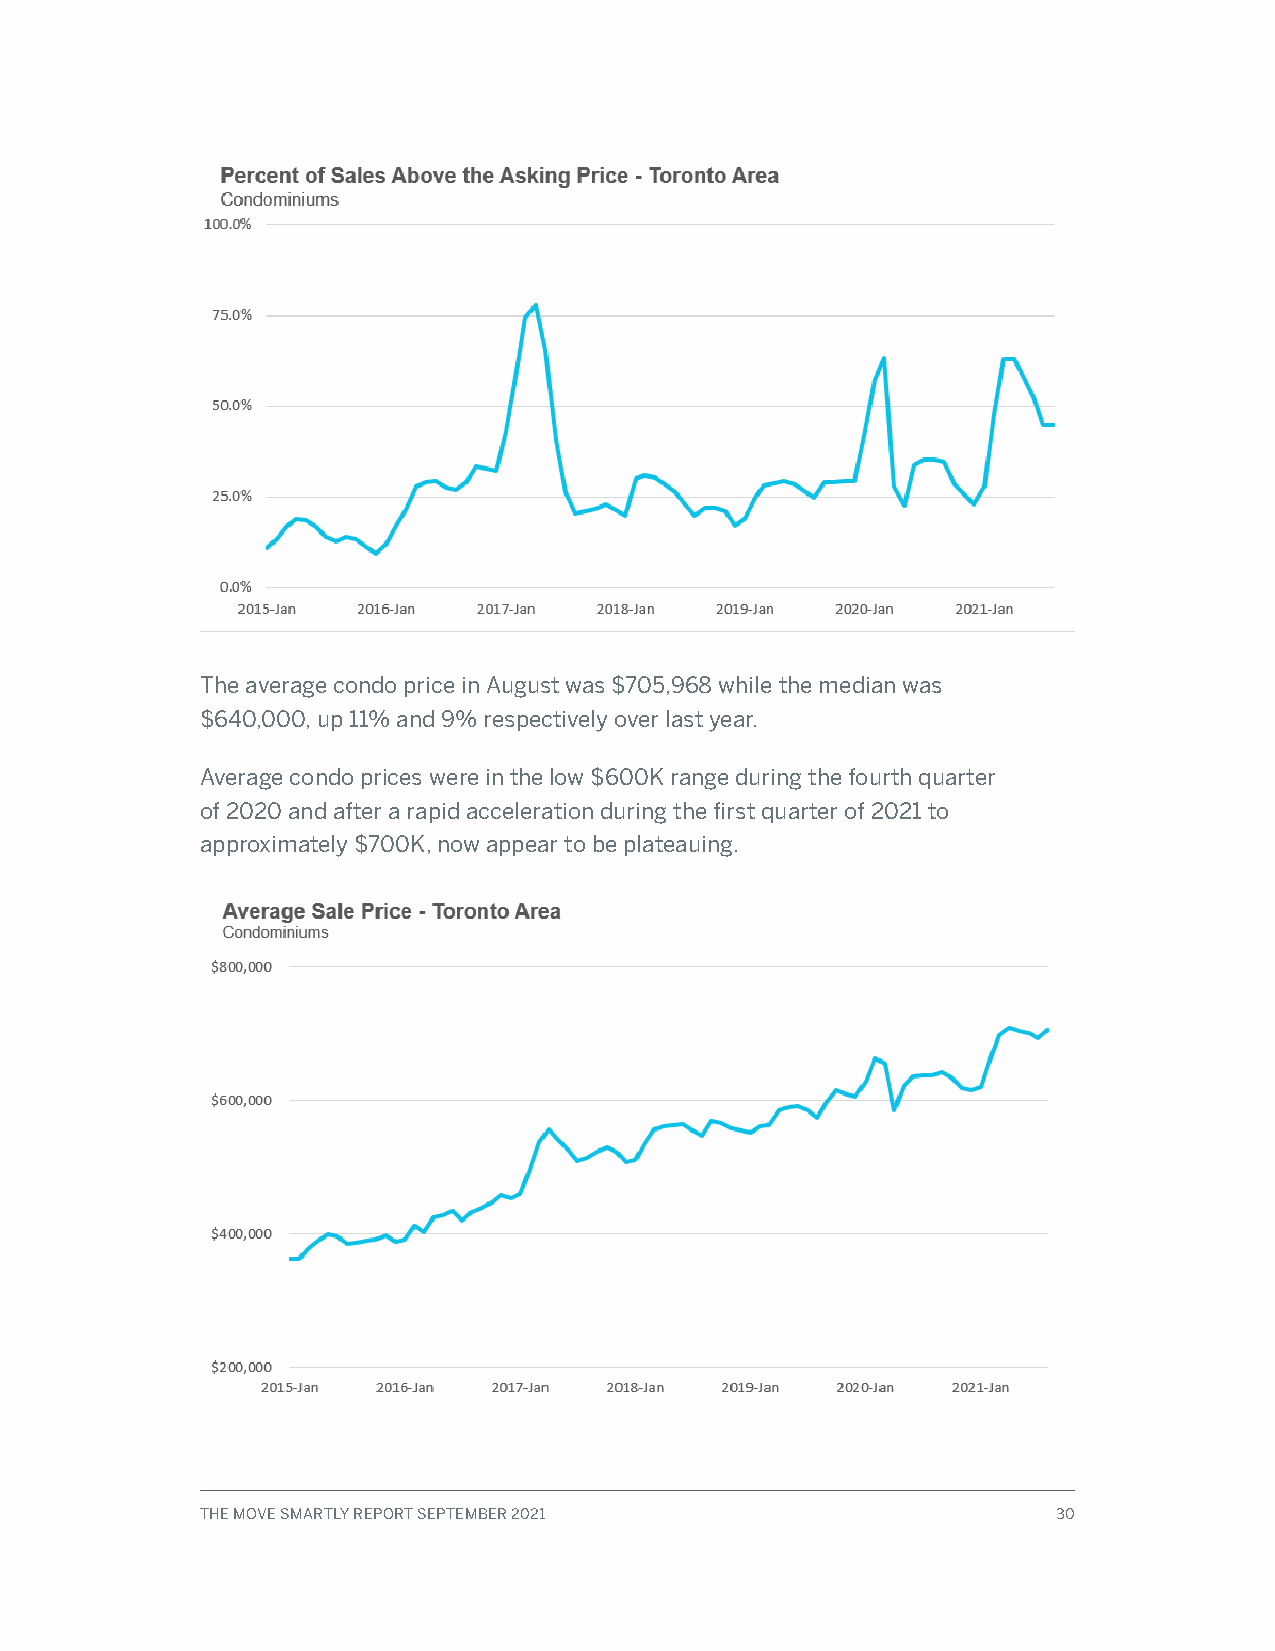
The average condo price in August was $705,968 while the median was
 $640,000, up 11% and 9% respectively over last year.
 Average condo prices were in the low $600K range during the fourth quarter
 of 2020 and after a rapid acceleration during the first quarter of 2021 to
 approximately $700K, now appear to be plateauing.
 THE MOVE SMARTLY REPORT SEPTEMBER 2021                   30